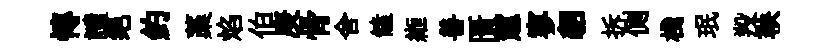
慱譴绝釣藁焰伯庚骨舍饁縆善匱憇寥貂拆側棧珉羖鞅